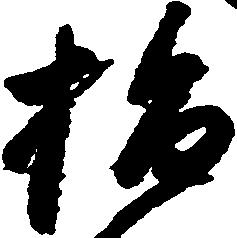
指